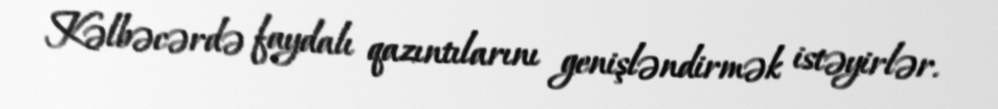
Kəlbəcərdə faydalı qazıntılarını genişləndirmək istəyirlər.